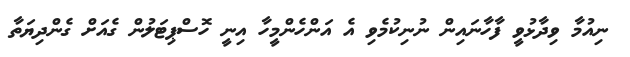
ނިއުމާ ވިދާޅުވީ ފާހާނައިން ނުނިކުމެވި އެ އަންހެންމީހާ އިނީ ހޮސްޕިޓަލުން ގެއަށް ގެންދިޔަތާ